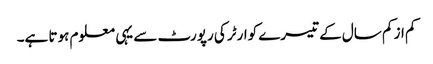
کم از کم سال کے تیسرے کوارٹر کی رپورٹ سے یہی معلوم ہوتا ہے۔